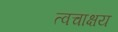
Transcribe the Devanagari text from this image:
त्वचाक्षय